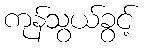
ကုန်သွယ်ခွင့်